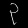
Digit: ၃